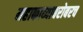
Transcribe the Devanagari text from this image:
महाकाव्याबरोबरच